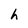
Character: h